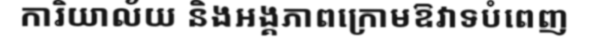
ការិយាល័យ និងអង្គភាពក្រោមឱវាទបំពេញ